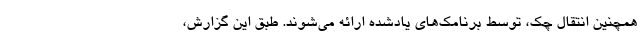
همچنین انتقال چک، توسط برنامک‌های یادشده ارائه می‌شوند. طبق این گزارش،